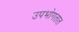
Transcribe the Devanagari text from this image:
उपभोगतात